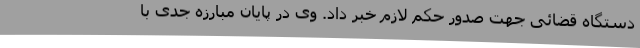
دستگاه قضائی جهت صدور حکم لازم خبر داد. وی در پایان مبارزه جدی با